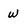
Character: w